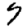
Digit: 7